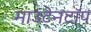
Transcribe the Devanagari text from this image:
माउंटेनटॉप